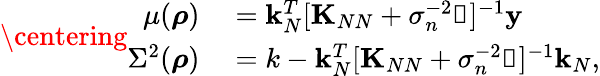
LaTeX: \centering\begin{array}{rl}{\mu(\boldsymbol{\mathbf{\rho}})}&{{}=\boldsymbol{\mathbf{k}}_{N}^{T}[\boldsymbol{\mathbf{K}}_{NN}+\sigma_{n}^{-2}\boldsymbol{\mathbf{\mathbb{1}}}]^{-1}\boldsymbol{\mathbf{y}}}\\ {\Sigma^{2}(\boldsymbol{\mathbf{\rho}})}&{{}=k-\boldsymbol{\mathbf{k}}_{N}^{T}[\boldsymbol{\mathbf{K}}_{NN}+\sigma_{n}^{-2}\boldsymbol{\mathbf{\mathbb{1}}}]^{-1}\boldsymbol{\mathbf{k}}_{N},}\end{array}